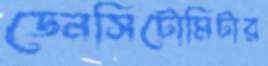
ডেনসিটোমিটার